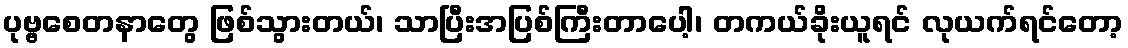
ပုဗ္ဗစေတနာတွေ ဖြစ်သွားတယ်၊ သာပြီးအပြစ်ကြီးတာပေါ့၊ တကယ်ခိုးယူရင် လုယက်ရင်တော့